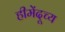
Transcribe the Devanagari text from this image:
हीमेंदूच्य